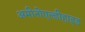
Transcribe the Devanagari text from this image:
अमीनोएल्डीहाइड